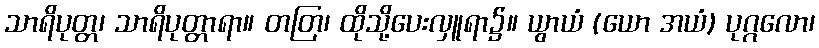
သာရိပုတ္တ၊ သာရိပုတ္တာရာ။ တတြ၊ ထိုသို့ပေးလှူရာ၌။ ယွာယံ (ယော အယံ) ပုဂ္ဂလော၊